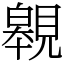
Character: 䚌